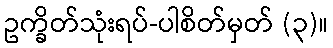
ဥက္ခိတ်သုံးရပ်-ပါစိတ်မှတ် (၃)။